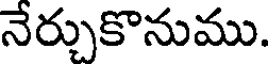
నేర్చుకొనుము.